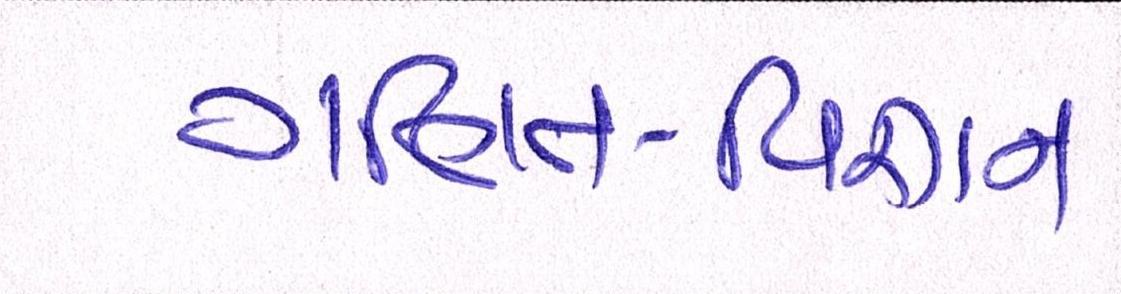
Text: ગણિત-વિજ્ઞાન